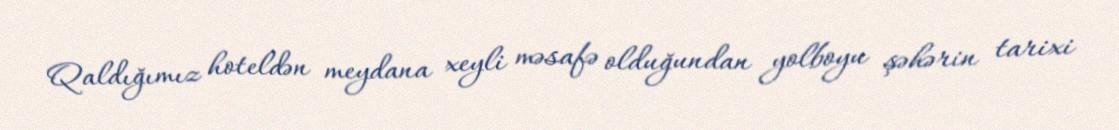
Qaldığımız hoteldən meydana xeyli məsafə olduğundan yolboyu şəhərin tarixi